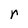
Character: r